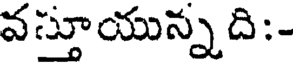
వస్తూయున్నది:-